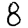
Digit: 8